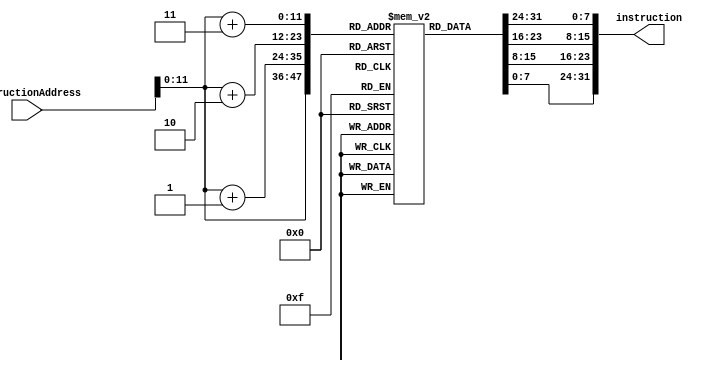

module instruction_memory (instructionAddress,instruction);

	input[63:0] instructionAddress; //Program Counter (PC) vai apontar pra qual endereo da memria ser lido nesse ciclo de clock (depois soma 4 - pula uma word)

	output [31:0] instruction;		//instruo que ser a sada do bloco instruction memory (ela ser a instruo tal qual o PC apontar) (envia 4 bytes pro instruction decoder)


	reg [7:0] memory_depth[0:4095];	//simulao de uma memria com os comandos explicitados pelo professor (essa memria tem 4k bits ou 512 bytes)

initial
begin	//comea a escrever a memria (isso  o cdigo q vc programa em C e vai pra memria de programa para o processador ler e executar os comandos)
//essa memria est dividida em bytes

	memory_depth[0] = 8'b00100000; 	//ADDS X0, X1, X2 (implementando ADDS)
	memory_depth[1] = 8'b00000000; 	//200002AB em hexadecimal
	memory_depth[2] = 8'b00000010; 	//00100000 00000000 00000010 10101011
	memory_depth[3] = 8'b10101011; 	//

//10101011000

	memory_depth[4] = 8'b00100000; 	//ADDS X0, X1, #8 	(implementando ADDIS)
	memory_depth[5] = 8'b00100000; 	//202000B1 em hexadecimal
	memory_depth[6] = 8'b00000000; 	//00100000 00100000 00000000 10110001
	memory_depth[7] = 8'b10110001; 	//

	//1011000100    

	//10110001 00000000 00100000 00100000 = instruction quando PC = 4

	memory_depth[8] = 8'b00100000; 	//SUBS X0, X1, X2 	(implementando SUBS)
	memory_depth[9] = 8'b00100000; 	//200002EB em hexadecimal
	memory_depth[10] = 8'b00000000; 	//00100000 00100000 00000000 10110001
	memory_depth[11] = 8'b10110001; 	//

//10110001000

	memory_depth[12] = 8'b00100000;	//SUBIS X0, X1, #8 	(implementando SUBIS)
	memory_depth[13] = 8'b00000000;	//202000F1 em hexadecimal
	memory_depth[14] = 8'b00000010;	//00100000 00000000 00000010 11101011
	memory_depth[15] = 8'b11101011;	//11101011000 00010000000 00 
//11101011000

	memory_depth[16] = 8'b00100000;	//AND X0, X1, X2	(implementando AND)
	memory_depth[17] = 8'b00000000;	//2000028A em hexadecimal
	memory_depth[18] = 8'b00000010;	//00100000 00000000 00000010 10001010
	memory_depth[19] = 8'b10001010;	//

	//10001010000

	memory_depth[20] = 8'b00100000;	//ORR X0, X1, X2	(implementando ORR)
	memory_depth[21] = 8'b00000000;	//200002AA em hexadecimal
	memory_depth[22] = 8'b00000010;	//00100000 00000000 00000010 10101010
	memory_depth[23] = 8'b10101010;	//

//10101010000

memory_depth[24] = 8'b00100000;	//EOR X0, X1, X2	(implementando EOR)
	memory_depth[25] = 8'b00000000;	//200002CA em hexadecimal
	memory_depth[26] = 8'b00000010;	//00100000 00000000 00000010 11001010
	memory_depth[27] = 8'b11001010;	//

	//11001010000

memory_depth[28] = 8'b00100000;	//LDUR X0, [X1, #8]
	memory_depth[29] = 8'b10000000;	//208040F8 em hexadecimal
	memory_depth[30] = 8'b00000010;	//00100000 10000000 01000000 11111000
	memory_depth[31] = 8'b10001010;	//

//11111000010

memory_depth[32] = 8'b00100000;	//STUR X0, [X1, #16]
	memory_depth[33] = 8'b00000000;	//200001F8 em hexadecimal
	memory_depth[34] = 8'b00000010;	//00100000 00000000 00000001 11111000
	memory_depth[35] = 8'b10001010;	//
	
	//10001010000
	




/* Instrues
utilizando esse site: http://armconverter.com/ vamos implementar as instrues que o Jarbas pede:

Arithmetic (Type R)
ADDS e ADDIS
SUBS e SUBIS
Logical (Type R)
AND, ORR e EOR
Data transfer (Type D)
LDUR e STUR

*/


end



assign instruction = {memory_depth[instructionAddress+3], memory_depth[instructionAddress+2], memory_depth[instructionAddress+1], memory_depth[instructionAddress]}; //pega os 4 bytes e manda pro prximo bloco, que vai decodificar


endmodule